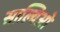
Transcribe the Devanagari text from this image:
साल्विओ